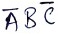
Text: ABC